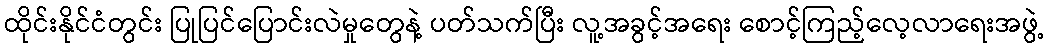
ထိုင်းနိုင်ငံတွင်း ပြုပြင်ပြောင်းလဲမှုတွေနဲ့ ပတ်သက်ပြီး လူ့အခွင့်အရေး စောင့်ကြည့်လေ့လာရေးအဖွဲ့